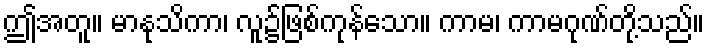
ဤအတူ။ မာနုသိကာ၊ လူ၌ဖြစ်ကုန်သော။ ကာမ၊ ကာမဂုဏ်တို့သည်။